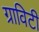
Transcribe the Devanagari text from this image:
ग्राविटी